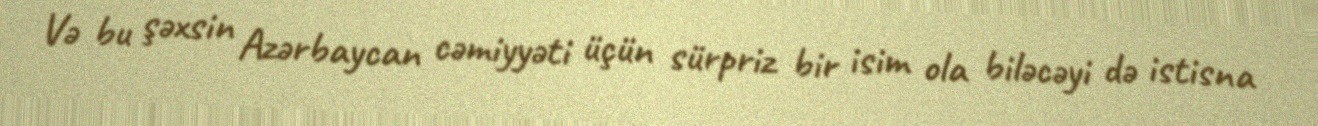
Və bu şəxsin Azərbaycan cəmiyyəti üçün sürpriz bir isim ola biləcəyi də istisna